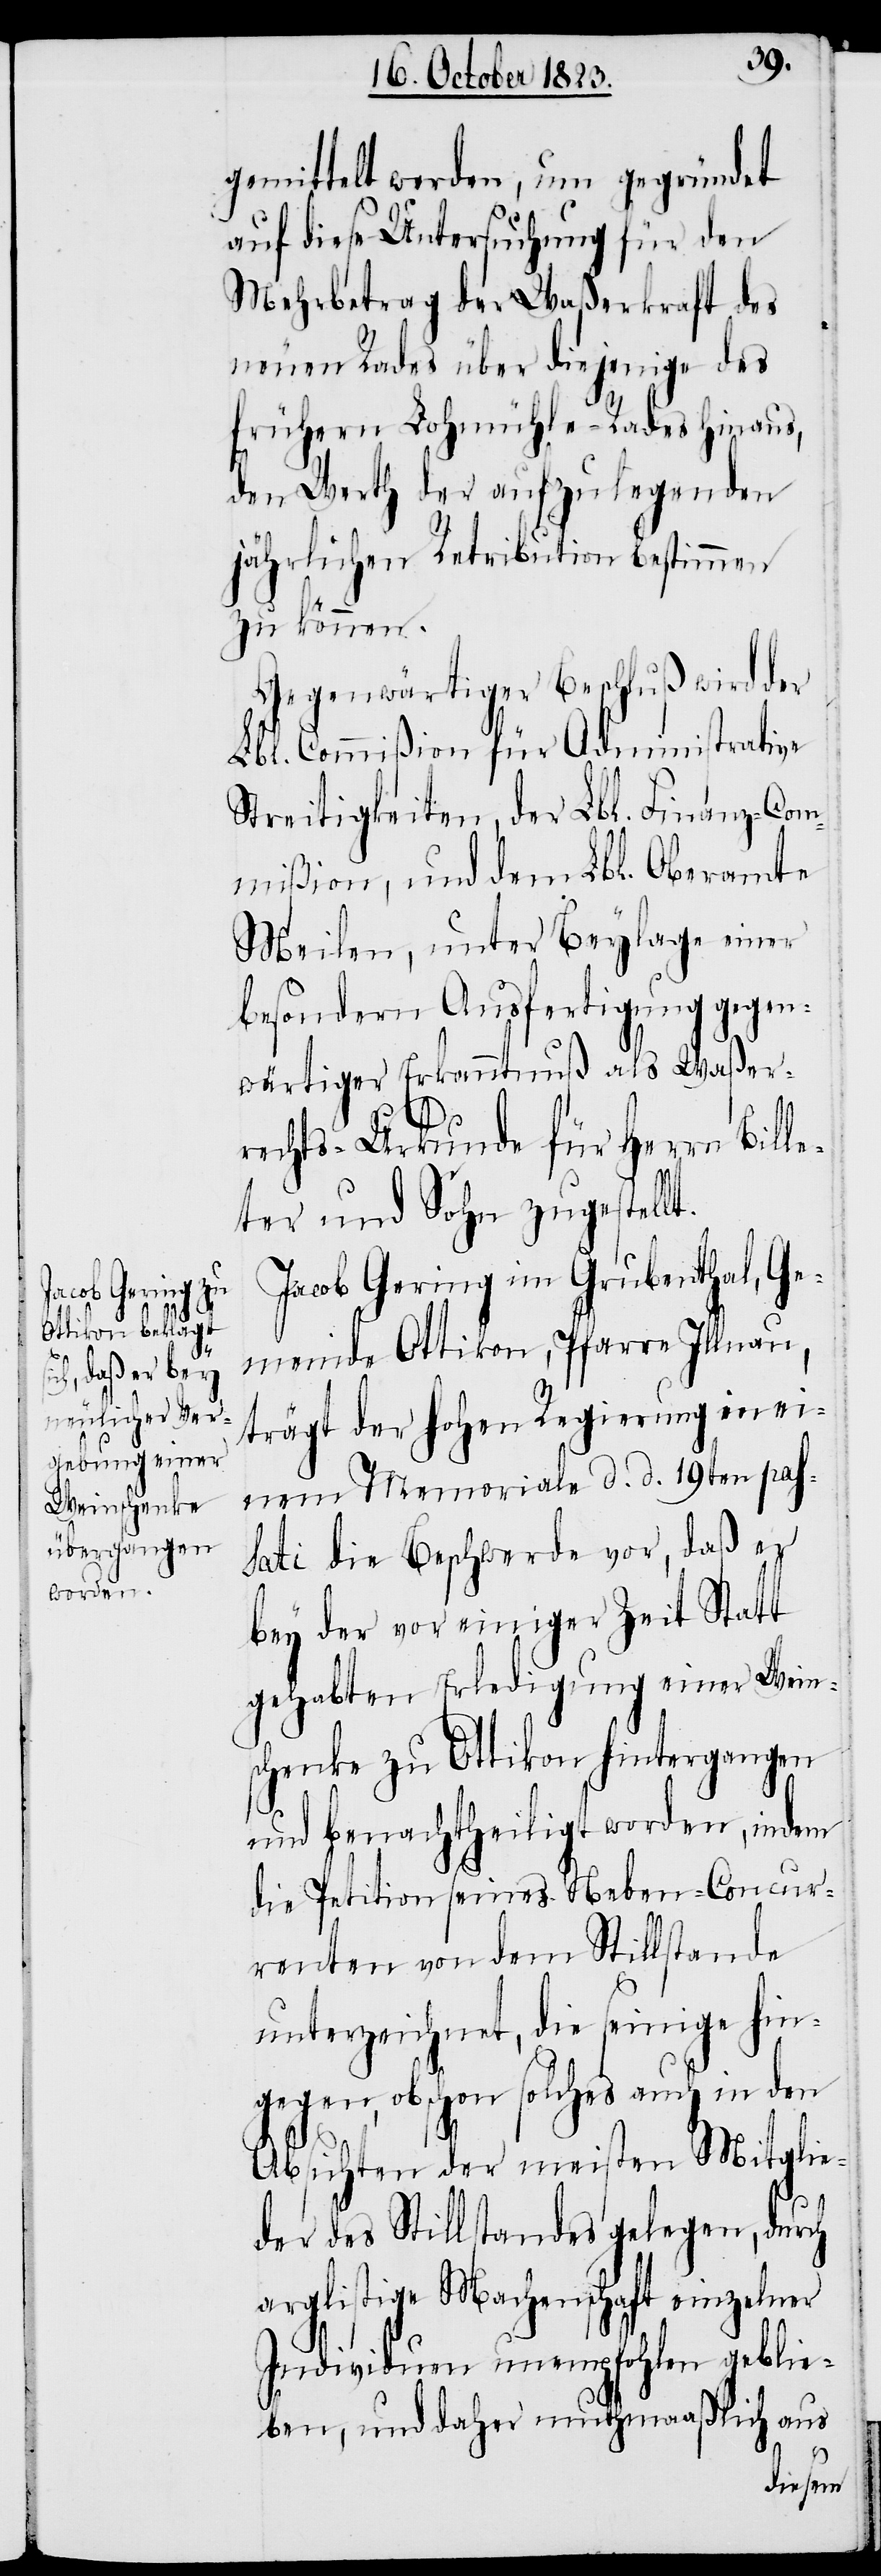
gemittelt werden, um gegründet
auf diese Untersuchung für den
Mehrbetrag der Waßerkraft des
neuen Rades über diejenige des
frühern Lohmühle-Rades hinaus,
den Werth der aufzulegenden
jährlichen Retribution bestimmen
t.
zu können.
Gegenwärtiger Beschluß wird der
Lbl. Commißion für Administrative
Streitigkeiten, der Lbl. Finanz-Com¬
mißion, und dem Lbl. Oberamte
Meilen, unter Beylage einer
besondern Ausfertigung gegen¬
wärtiger Erkanntnuß als Waßer¬
rechts-Urkunde für Herrn Bille¬
ter und Sohn zugestell¬
Jacob Gering im Grubenthal, Ge¬
meinde Ottikon, Pfarre Illnau,
trägt der hohen Regierung in ei¬
nem Memoriale d. d. 19ten pas¬
sati die Beschwerde vor, daß er
bey der vor einiger Zeit Statt
gehabten Erledigung einer Wein¬
schenke zu Ottikon hintergangen
und benachtheiligt worden, indem
die Petition seines Neben-Concur¬
renten von dem Stillstande
unterzeichnet, die seinige hin¬
gegen, obschon solches auch in den
Absichten der meisten Mitglie¬
der des Stillstandes gelegen, durch
arglistige Machenschaft einzelner
Individuen unempfohlen geblie¬
ben, und daher muthmaaßlich aus